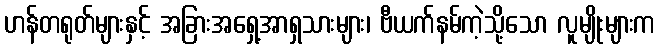
ဟန်တရုတ်များနှင့် အခြားအရှေ့အာရှသားများ၊ ဗီယက်နမ်ကဲ့သို့သော လူမျိုးများက